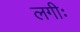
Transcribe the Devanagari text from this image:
लगीः